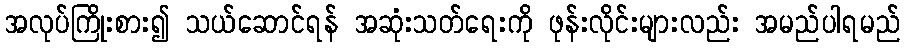
အလုပ်ကြိုးစား၍ သယ်ဆောင်ရန် အဆုံးသတ်ရေးကို ဖုန်းလိုင်းများလည်း အမည်ပါရမည်